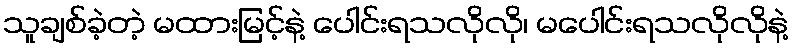
သူချစ်ခဲ့တဲ့ မထားမြင့်နဲ့ ပေါင်းရသလိုလို၊ မပေါင်းရသလိုလိုနဲ့